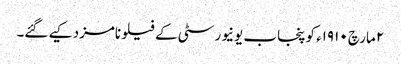
٢ مارچ ١٩١٠ء کو پنجاب یونیورسٹی کے فیلو نامزد کیے گئے۔